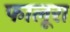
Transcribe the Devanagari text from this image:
फालूरा